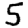
Digit: 5